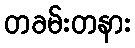
တခမ်းတနား